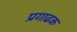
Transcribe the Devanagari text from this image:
प्रगाढक